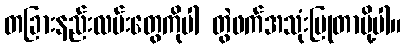
တခြားနည်းလမ်းတွေကိုပါ တွဲဖက်အသုံးပြုတာမို့ပါ။